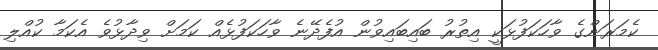
ކެމަރަންގެ ވާހަކަފުޅަކީ އިތުރު ބައިބައިވުން އުފެދޭނެ ވާހަކަފުޅެއް ކަމަށް ވިދާޅުވެ އެކަމާ ކުއްލި